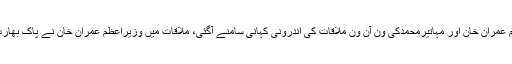
تفصیلات کے مطابق وزیراعظم عمران خان اور مہاتیرمحمدکی ون آن ون ملاقات کی اندرونی کہانی سامنے آگئی، ملاقات میں وزیراعظم عمران خان نے پاک بھارت کشیدگی سےمتعلق بریف کیا۔